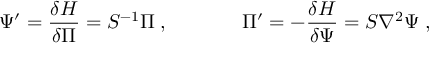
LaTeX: \Psi ^ { \prime } = \frac { \delta H } { \delta \Pi } = S ^ { - 1 } \Pi \; , ~ ~ ~ ~ ~ ~ ~ ~ ~ ~ ~ \Pi ^ { \prime } = - \frac { \delta H } { \delta \Psi } = S \nabla ^ { 2 } \Psi \; ,